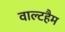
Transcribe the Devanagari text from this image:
वाल्टहैम